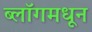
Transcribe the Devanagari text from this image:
ब्लॉगमधून